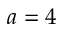
a = 4